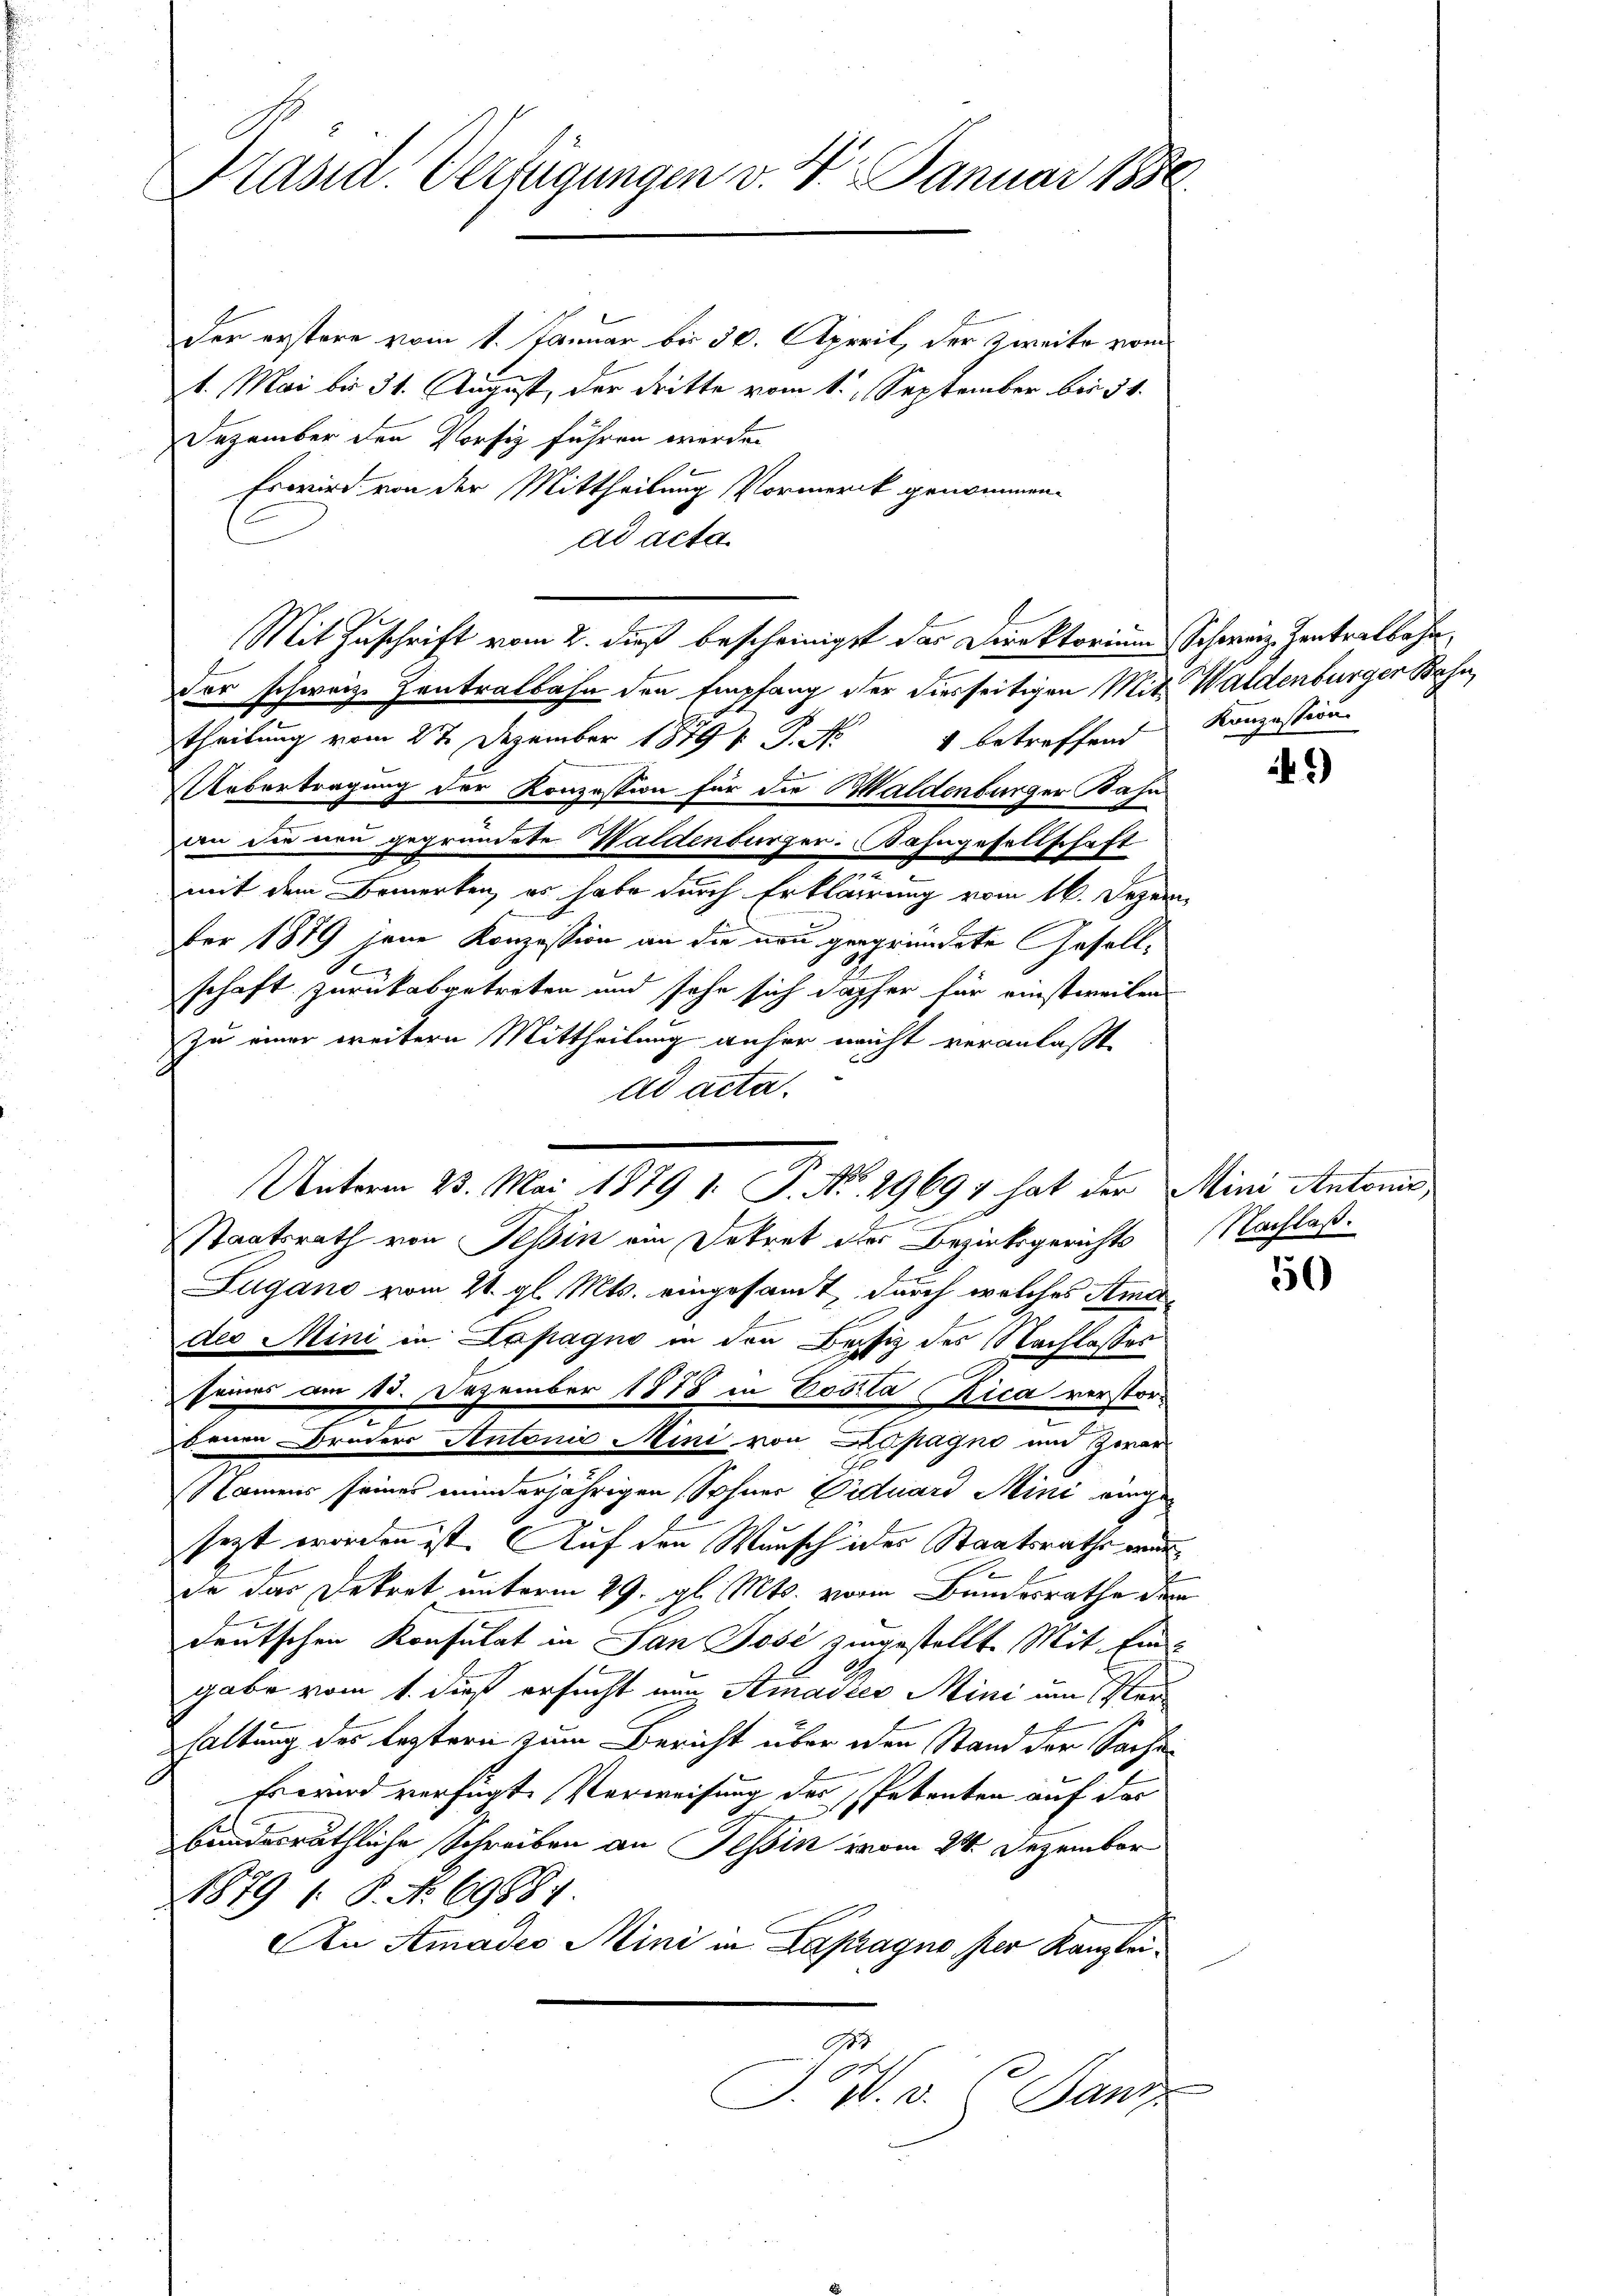
Präsid. Verfügungen v. 4. Januar 1856

der erstere vom 1. Januar bis 30. April, der zweite vom
1. Mai bis 31. August, der dritte vom 1. September bis 31.
Dezember den Vorsiz führen werden
Es wird von der Mittheilung Vormerck genommen.
ad acta
Mit Zuschrift vom 2. dieß bescheinigst das Direktorium Schweiz. Zentralbahn,
Der schweiz. Zentralbahn den Empfang der diesseitigen Mit Waldenburger Bahn,
theilung vom 27. Dezember 1879 f. P. Nr. 4 betreffend
Uebertragung der Konzession für die Haldenburger Basa
den die neu gegründete Waldenburger. Bahngesellschaft
mit dem Bemerken, es habe durch Erklärung vom 16. Dezember 1879 jene Konzession an die neu gegründete Geselle
schaft zurück abgetreten und sehr sich daher für einstweilen
zu einer weitern Mittheilung anher nicht veranlaßt
ad acta.
Staatsrath von Tessin ein Dekret der Bezirksgerichts
Zugano vom 21. gl. Mts. eingesamt, durch welches Amtsder Mini in Lapagno in den Besitz des Nachlasses

seines am 13. Dezember 1878 in Costa Rica verstorbenen Bruders Antonie Mini von Lapagne und Zwar
Namens seines minderjährigen Sohner Fiduard Mini eingesezt worden ist. Auf den Wunsch ider Staatsrathe we
de das Dekret unterm 29. gl. Mts. von Bundesrathe dem
deutschen Konsulat in San Josi zugestellte Mit Ein-
gabe vom 1. dieß ersucht von Amadker Mini um e
haltung des Leztern zum Bericht über den Stand der Sache
Freund verfügte Verweisung des Petenten auf der
bundesräthliche Schreiben an Tessin vom 24. Dezember
1879 1. P. No 69881.
An Amades Mini in Lapragno per Kanzlei¬
Pos. v. 6. Janz

Unterm 23. Mai 1879 v. P. No. 19691 hat der Mini Antoni,

Konzession

)

Nachlaß.

50